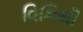
વિકિથી